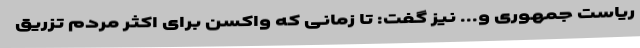
ریاست جمهوری و... نیز گفت: تا زمانی که واکسن برای اکثر مردم تزریق